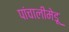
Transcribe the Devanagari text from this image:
पांचालीमेडू